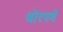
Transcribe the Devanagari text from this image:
थोरपणें